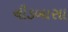
ચીડબાસા